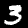
Label: 3